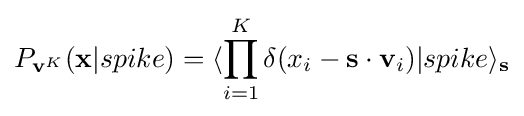
P_{\mathbf {v} ^{K}}(\mathbf {x} |spike)=\langle \prod _{i=1}^{K}\delta (x_{i}-\mathbf {s} \cdot \mathbf {v} _{i})|spike\rangle _{\mathbf {s} }